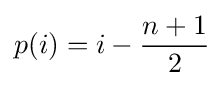
p(i)=i-{\frac {n+1}{2}}